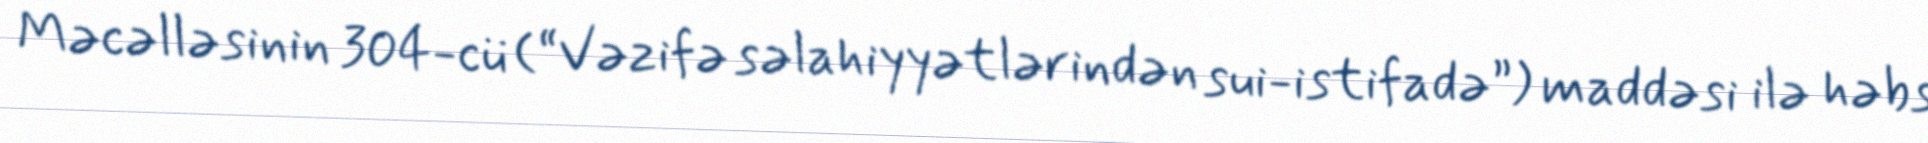
Məcəlləsinin 304-cü (“Vəzifə səlahiyyətlərindən sui-istifadə”) maddəsi ilə həbs